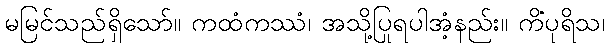
မမြင်သည်ရှိသော်။ ကထံကဿံ၊ အသို့ပြုရပါအံ့နည်း။ ကိံပုရိသ၊